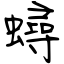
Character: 蟳